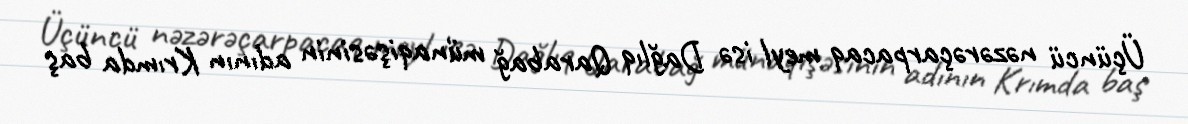
Üçüncü nəzərəçarpacaq meyl isə Dağlıq Qarabağ münaqişəsinin adının Krımda baş